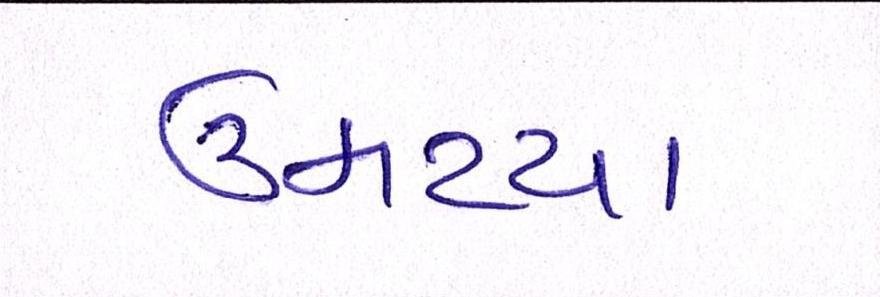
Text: ઉમટયા